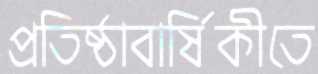
প্রতিষ্ঠাবার্ষিকীতে